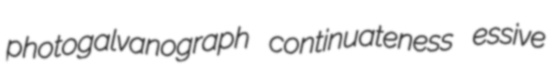
photogalvanograph continuateness essive